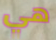
هي